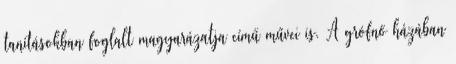
tanításokban foglalt magyarázatja című művei is. A grófnő házában